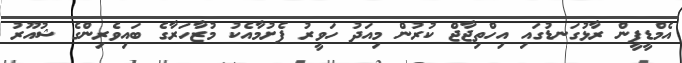
އެމްޑީޕީން ރާޅުގަނޑުގައި އިހްތިޖާޖް ކުރުން މިއަދު ހަވީރު ފެށުމާއެކު މުޒާހަރާގެ ބައިވެރިންގެ ޝުއޫރު